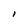
Character: I